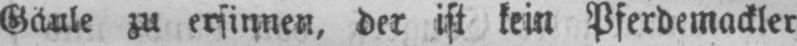
Gäule zu ersinnen, der ist kein Pferdemackler